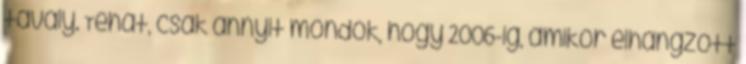
tavaly. Tehát, csak annyit mondok, hogy 2006-ig, amikor elhangzott